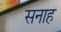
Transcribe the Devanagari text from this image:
सनाह